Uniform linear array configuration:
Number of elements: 16
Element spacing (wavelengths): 0.5
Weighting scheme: kaiser
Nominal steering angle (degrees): -45
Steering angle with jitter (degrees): -43.017
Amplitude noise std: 0.05
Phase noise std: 0.05

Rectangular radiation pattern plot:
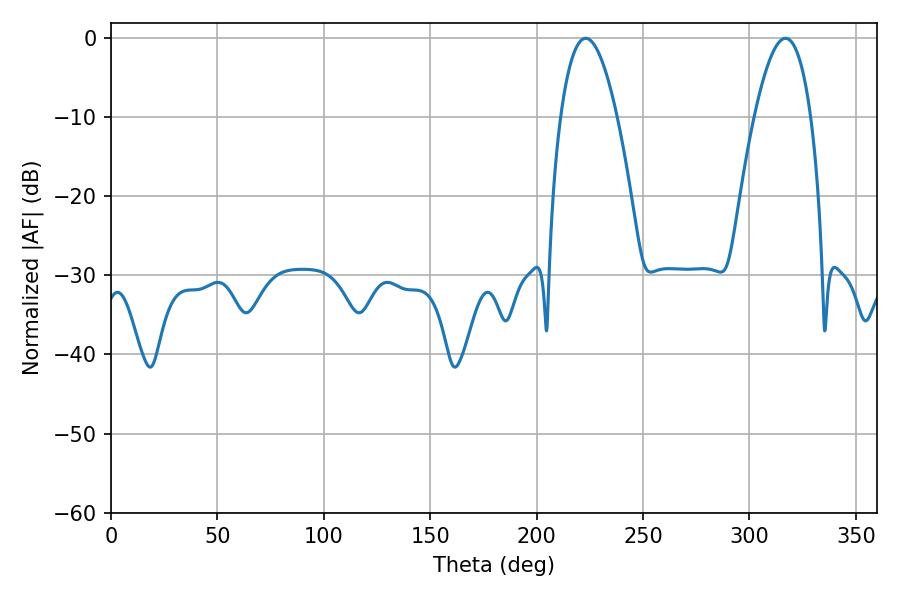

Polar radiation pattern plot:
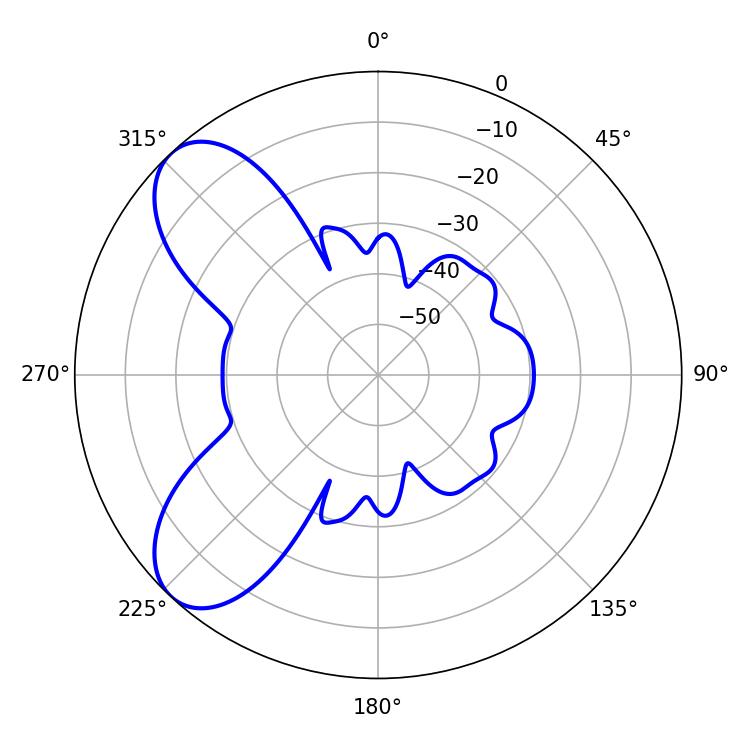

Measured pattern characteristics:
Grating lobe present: FALSE
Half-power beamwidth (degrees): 14.58
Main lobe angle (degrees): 223.02